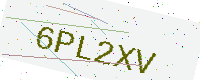
Text: 6PL2XV